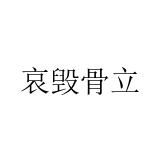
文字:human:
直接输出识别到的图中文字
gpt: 哀毁骨立